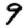
Digit: 9